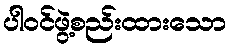
ပါဝင်ဖွဲ့စည်းထားသော